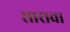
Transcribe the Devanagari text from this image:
सारावा